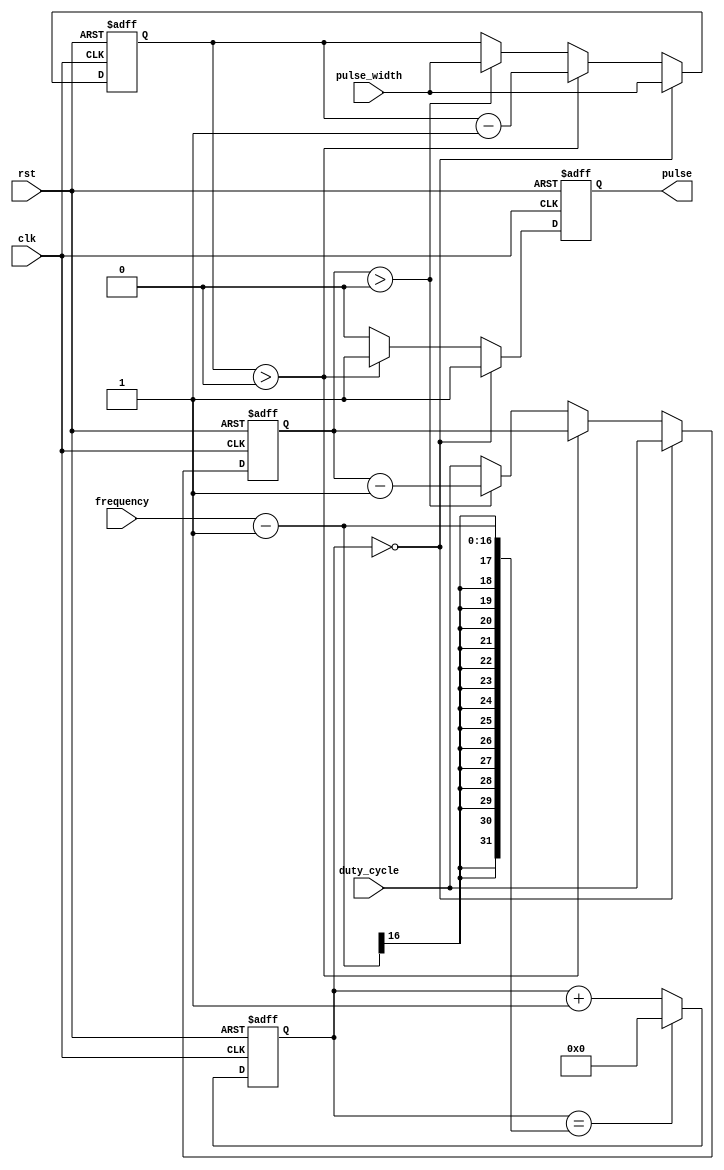
module pulse_generator (
    input wire clk,
    input wire rst,
    input wire [7:0] pulse_width,
    input wire [7:0] duty_cycle,
    input wire [15:0] frequency,
    output reg pulse
);

reg [15:0] count;
reg [7:0] pulse_width_counter;
reg [7:0] duty_cycle_counter;

always @(posedge clk or posedge rst) begin
    if (rst) begin
        count <= 0;
        pulse <= 0;
        pulse_width_counter <= 0;
        duty_cycle_counter <= 0;
    end else begin
        if (count == 0) begin
            pulse <= 1;
            pulse_width_counter <= pulse_width;
            duty_cycle_counter <= duty_cycle;
        end else begin
            if (pulse_width_counter > 0) begin
                pulse <= 1;
                pulse_width_counter <= pulse_width_counter - 1;
            end else begin
                pulse <= 0;
                if (duty_cycle_counter > 0) begin
                    pulse_width_counter <= pulse_width;
                    duty_cycle_counter <= duty_cycle_counter - 1;
                end else begin
                    duty_cycle_counter <= duty_cycle;
                end
            end
        end

        count <= count + 1;

        if (count == frequency - 1) begin
            count <= 0;
        end
    end
end

endmodule